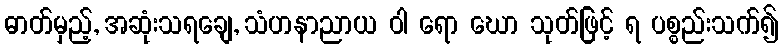
ဓာတ်မှည့်, အဆုံးသရချေ, သံဟနာညာယ ဝါ ရော ဃော သုတ်ဖြင့် ရ ပစ္စည်းသက်၍